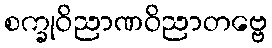
စက္ခုဝိညာဏဝိညာတဗ္ဗေ